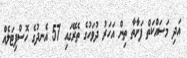
އަދި މަސައްކަތް ފަށާތާ ތިން އަހަރު ދުވަހުގެ ތެރޭގައި 57 އެނދުގެ ހޮސްޕިޓަލެއް